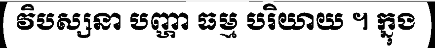
វិបស្សនា បញ្ហា ធម្ម បរិយាយ ។ ក្នុង